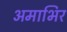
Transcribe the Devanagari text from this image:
अमाभिर